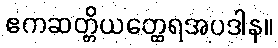
ဧကဆတ္တိယတ္ထေရအပဒါန။